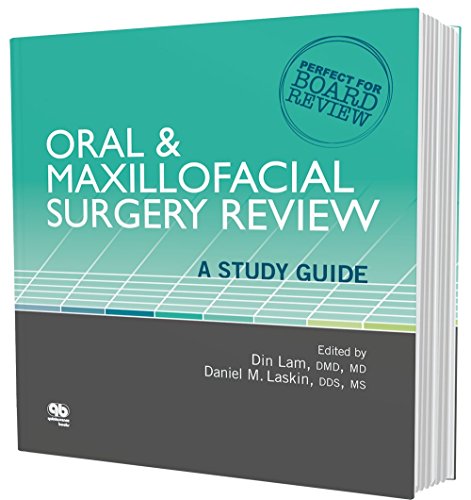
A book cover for Oral and Maxillofacial Surgery Review: A Study Guide; Din Lam; Medical Books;